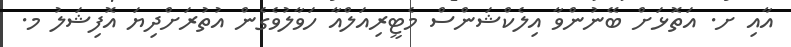
އާއި ށ. އަތޮޅަށް ބޭނުންވާ އިލެކްޝަންސް މެޓީރިއަލްއާ ހަވާލުވެގެން އުތުރަށްދިޔަ އޮފިޝަލު މ.